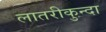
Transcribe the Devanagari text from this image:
लातरीकुन्दा